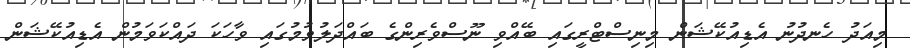
މިއަދު ހެނދުނު އެޑިއުކޭޝަން މިނިސްޓްރީގައި ބޭއްވި ނޫސްވެރިންގެ ބައްދަލުވުމުގައި ވާހަކަ ދައްކަވަމުން އެޑިއުކޭޝަން